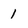
Character: 1